Report on plague and inoculation in the Punjab from October 1st ... to September 30th..., being the ... season of plague in the province
Disease focus: Plague
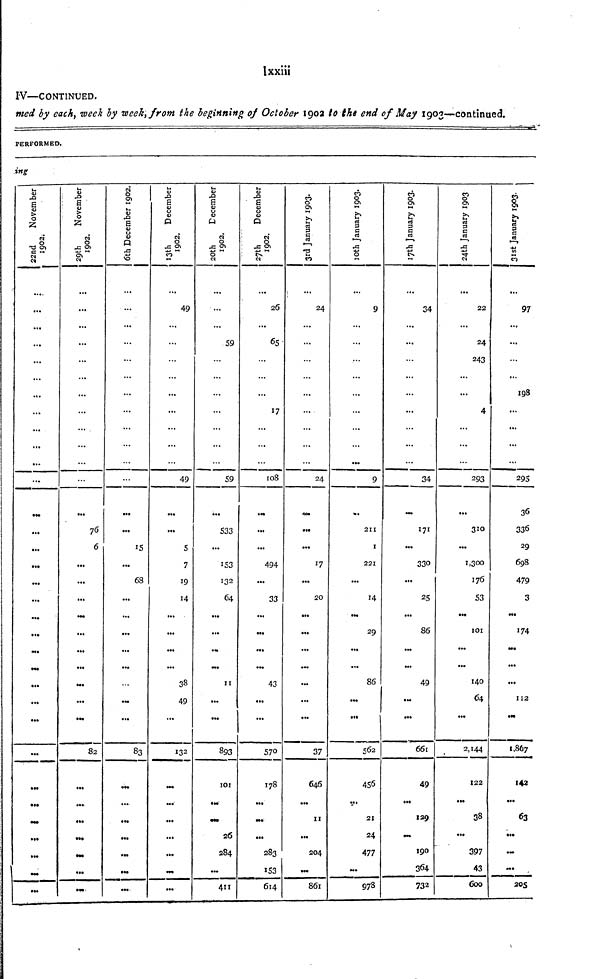
lxxiii
IV—CONTINUED.
med by each, week by week, from the beginning of October 1902 to the end of May 1903—continued.
PERFORMED.
ing
22nd
November
1902.
...
...
...
...
...
...
...
...
...
•••
...
...
...
...
...
...
•••
...
...
...
29th
November
1902.
...
• *•
...
...
...
...
...
6
...
...
...
...
...
...
82
...
...
•••
...
6th December 1902.
...
...
...
...
„.
...
15
...
68
...
...
...
...
«••
83
...
...
...
...
...
13th
December
1902.
49
...
...
...
...
...
...
49
...
5
7
19
14
...
...
...
38
49
...
132
•••'
...
...
...
20th
December
1902.
59
59
533
...
153
132
64
...
...
•-
11
...
•••
893
101
26
284
...
411
27th
December
1902.
26
65
...
17
...
...
108
...
...
494
...
33
...
...
43
...
...
570
178
...
-.
...
283
153
614
3rd January 1903.
24
...
...
24
...
...
17
...
20
...
...
...
...
...
...
37
646
...
11
...
204
MO
861
10th January 1903.
9
9
211
1
221
...
14
29
...
86
...
562
456
V
21
24
477
978
17th January 1903.
34
...
...
...
...
34
171
...
330
...
25
...
86
...
49
...
...
661
49
...
139
190
364
732
24th January 1903
22
24
243
...
4
...
...
293
...
310
...
1,300
176
53
101
...
140
64
...
2,144
122
...
38
...
397
43
600
31st January 1903.
97
...
198
...
...
...
...
295
36
336
29
698
479
3
...
174
Ml
...
112
Oft
1,867
142
...
63
•••
...
205